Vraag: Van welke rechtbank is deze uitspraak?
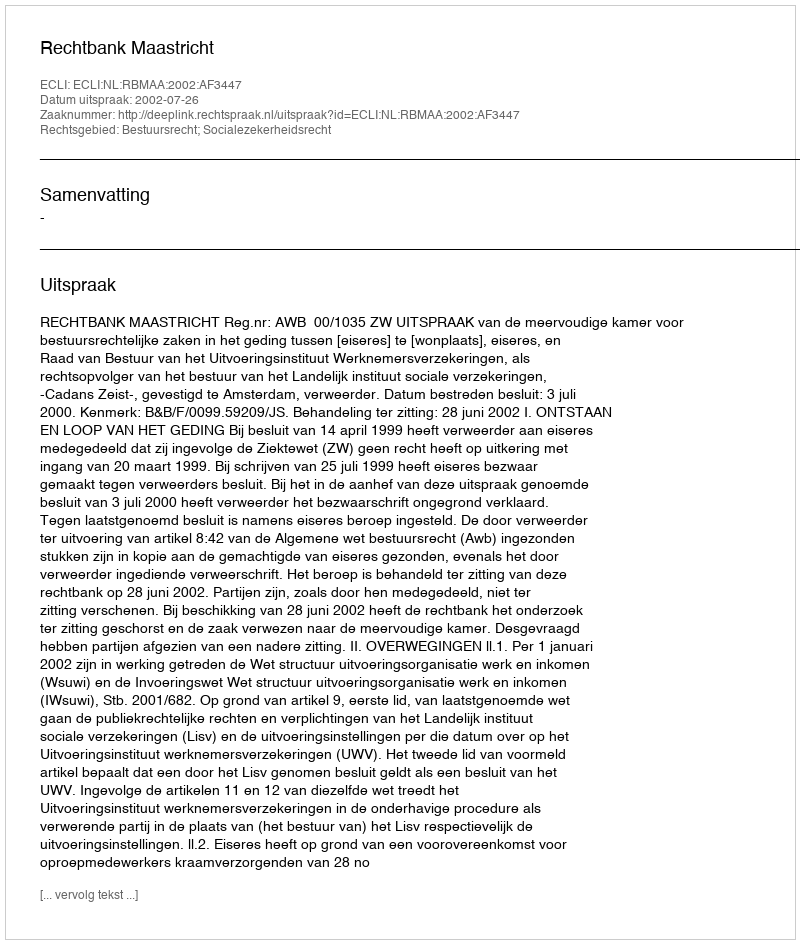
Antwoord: Rechtbank Maastricht